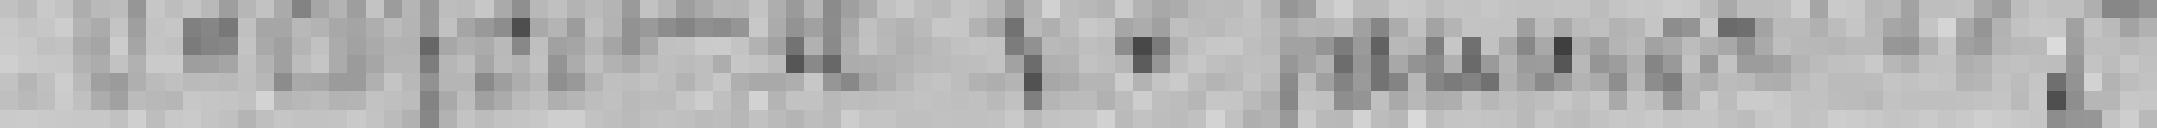
Belfort le 25 janvier 1873